Punjab Mental Hospital Lahore 1922-31 - 1922-1931
Year: 1922
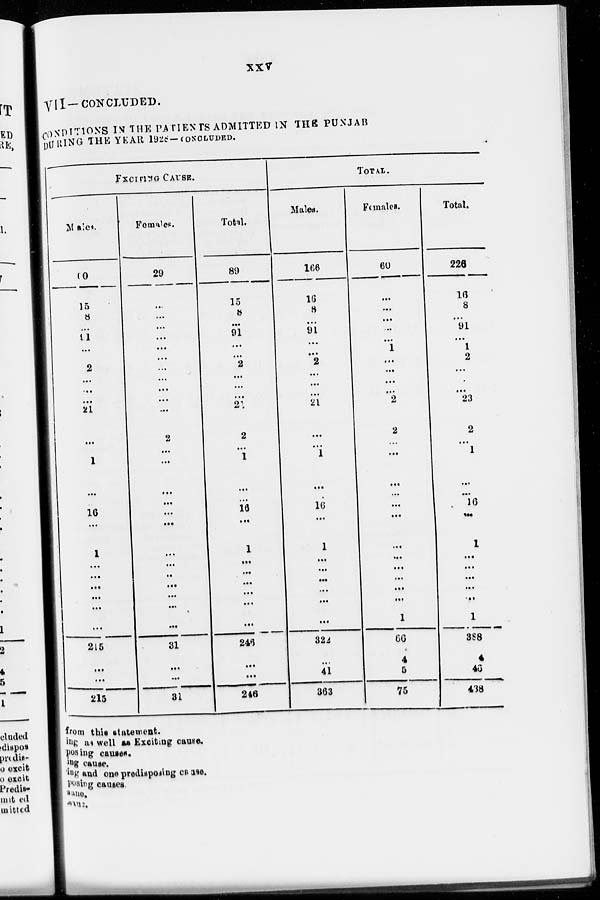
XXV
VII— CONCLUDED.
CONDITIONS IN THE PATIENTS ADMITTED IN THE PUNJAB
DURING THE YEAR 1928—CONCLUDED.
EXCITING CAUSE.
Males.
60
15
8
...
91
...
...
2
...
...
...
21
...
...
1
...
...
16
...
1
...
...
...
...
...
...
215
...
...
215
Females.
29
...
...
...
...
...
...
...
...
...
...
...
2
...
...
...
...
...
...
...
...
...
...
...
...
...
31
...
...
31
Total.
89
15
8
...
91
...
...
2
...
...
...
21
2
...
1
...
...
16
...
1
...
...
...
...
...
...
246
...
...
246
TOTAL.
Males.
166
16
8
...
91
...
...
2
...
...
...
21
...
...
1
...
...
16
...
1
...
...
...
...
...
...
322
...
41
863
Females.
60
...
...
...
...
...
1
...
...
...
...
2
2
...
...
...
...
...
...
...
...
...
...
...
...
1
66
4
5
76
Total.
226
16
8
...
91
...
1
2
...
...
...
23
2
...
1
...
...
16
...
1
...
...
...
...
...
1
388
4
46
438
from this statement.
ing at well as Exciting cause.
posing causes.
ing cause.
ing and one predisposing cause.
posing causes.
sane.
sane.